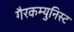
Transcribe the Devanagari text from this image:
गैरकम्युनिस्ट